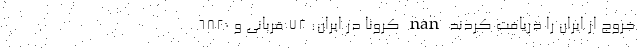
خروج از ایران را دریافت کردند nan کرونا در ایران: 72 قربانی و 6820